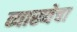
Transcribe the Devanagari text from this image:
व्याख्येचा